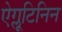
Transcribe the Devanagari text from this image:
ऐग्लूटिनिन